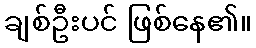
ချစ်ဦးပင် ဖြစ်နေ၏။